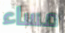
مساء